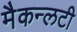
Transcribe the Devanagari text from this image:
मैकन्लटी